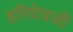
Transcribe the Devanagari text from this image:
हरिदेवजी